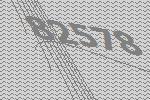
82578